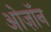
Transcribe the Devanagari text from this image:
ओज़ॉन